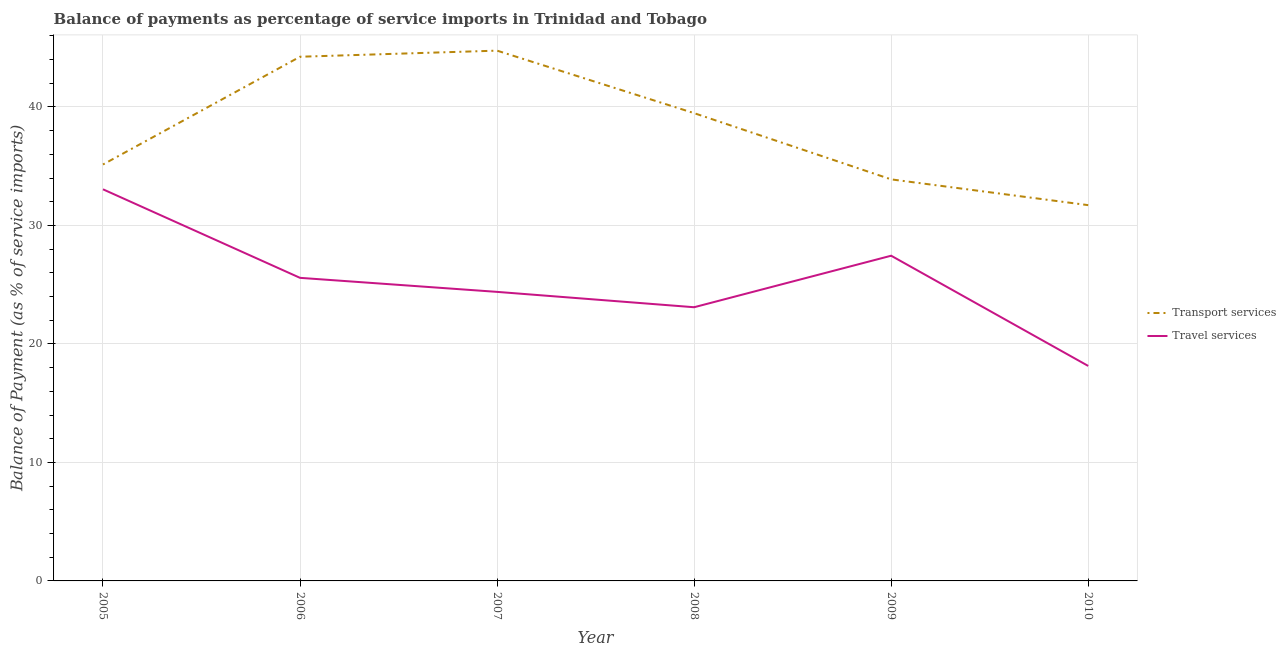
| Year | Transport services | Travel services |
 | --- | --- | --- |
 | 2005 | 35.1 | 33.1 |
 | 2006 | 44.2 | 25.6 |
 | 2007 | 44.8 | 24.4 |
 | 2008 | 39.5 | 23.1 |
 | 2009 | 33.9 | 27.4 |
 | 2010 | 31.7 | 18.1 |